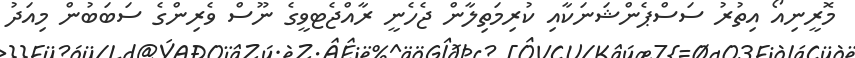
މޮރީނިއޯ އިތުރު ސަސްޕެންޝަނަކާއި ކުރިމަތިލާން ޖެހެނީ ރާއްޖެޓވީގެ ނޫސް ވެރިންގެ ސަބަބުން މިއަދު